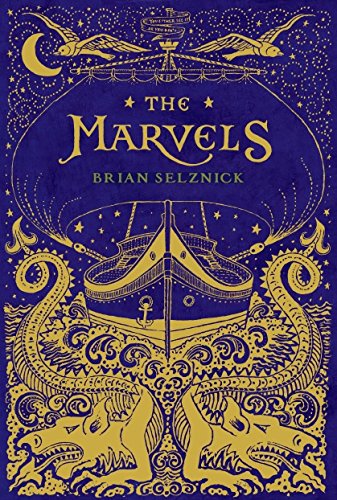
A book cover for The Marvels; Brian Selznick; Children's Books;